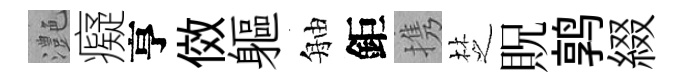
灔癡亨傚軀舳鉅携椘貺鹑綴